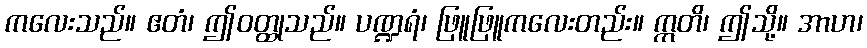
ကလေးသည်။ ဧတံ၊ ဤဝတ္ထုသည်။ ပဏ္ဍရံ၊ ဖြူဖြူကလေးတည်း။ ဣတိ၊ ဤသို့။ အာဟ၊